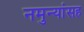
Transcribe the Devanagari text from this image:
नमुन्यांसह